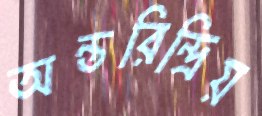
অন্তরিন্দ্রিয়